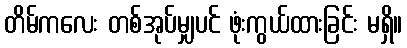
တိမ်ကလေး တစ်အုပ်မျှပင် ဖုံးကွယ်ထားခြင်း မရှိ။